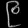
Digit: ၉